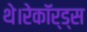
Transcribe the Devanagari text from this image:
थे।रेकॉर्ड्स